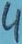
Text: 4